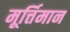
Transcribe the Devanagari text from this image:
मूर्त्तिमान